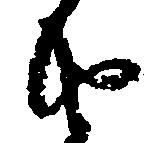
由